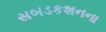
સબડકશનના